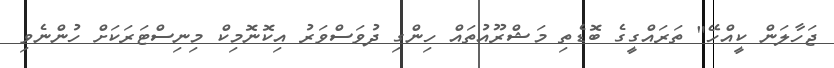
ޖަހާލަން ކީއްހޭ" ތަރަައްގީގެ ބޮޑެތި މަޝްރޫއުތައް ހިންގި ދުވަސްވަރު އިކޮނޮމިކް މިނިސްޓަރަކަށް ހުންނެވި